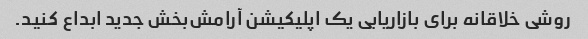
روشی خلاقانه برای بازاریابی یک اپلیکیشن آرامش‌بخش جدید ابداع کنید.